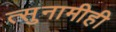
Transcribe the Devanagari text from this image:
त्सुनामीही